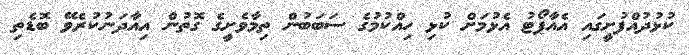
ކުޅުދުއްފުށީގައި އެއާޕޯޓު އެޅުމަށް ކުޅި ހިއްކުމުގެ ސަބަބުން ތިމާވެށީގެ ގޮތުން އިއާދަނުކުރެވޭ ބޮޑެތި